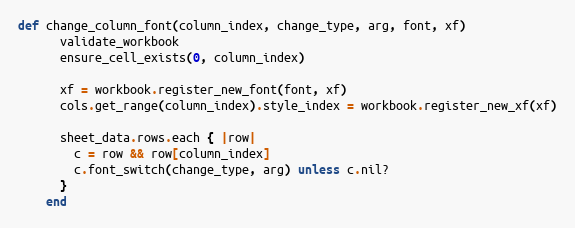
Language: Ruby
def change_column_font(column_index, change_type, arg, font, xf)
      validate_workbook
      ensure_cell_exists(0, column_index)

      xf = workbook.register_new_font(font, xf)
      cols.get_range(column_index).style_index = workbook.register_new_xf(xf)

      sheet_data.rows.each { |row|
        c = row && row[column_index]
        c.font_switch(change_type, arg) unless c.nil?
      }
    end